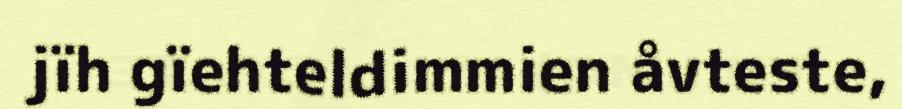
jïh gïehteldimmien åvteste,